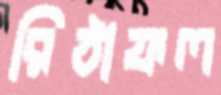
রিঠাফল